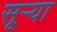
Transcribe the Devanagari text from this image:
सूऱ्या